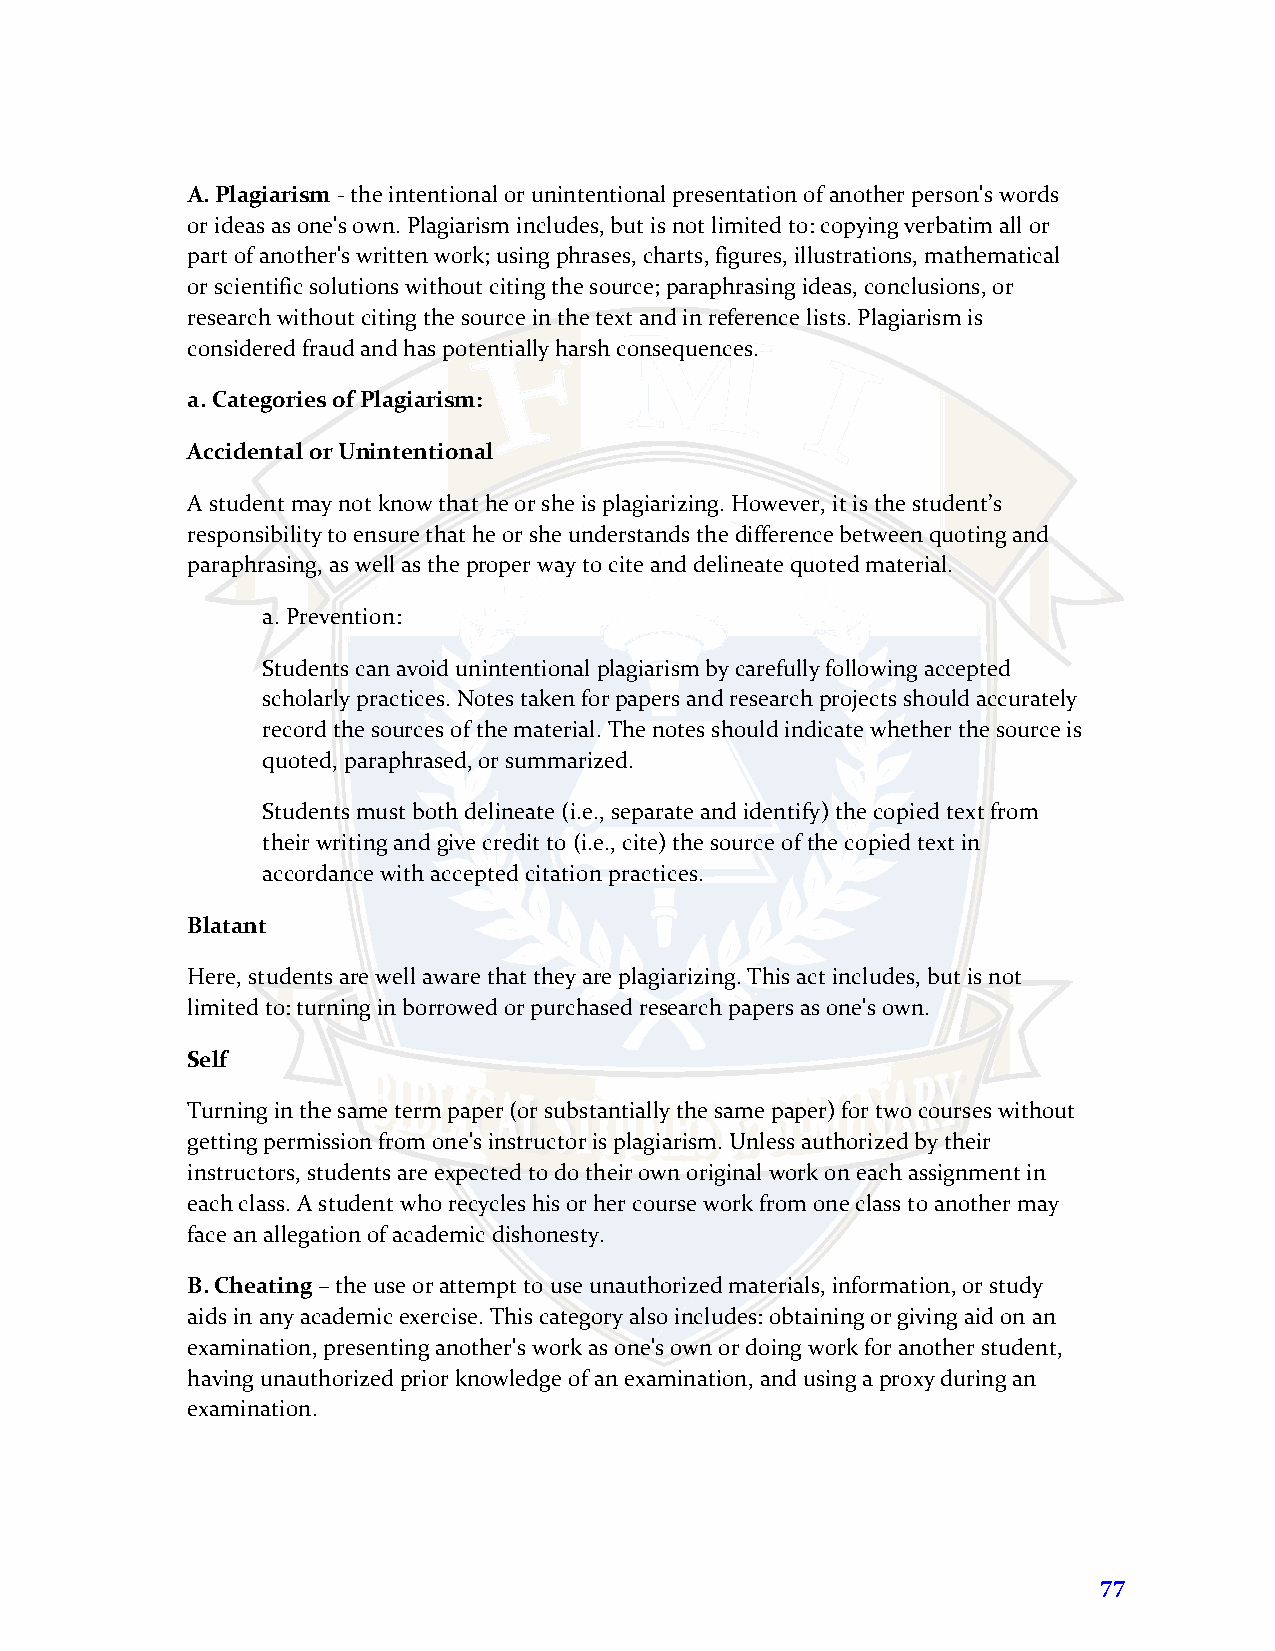
A.Plagiarism - the intentional or unintentional presentation of another person's words
 or ideas as one's own. Plagiarism includes, but is not limited to: copying verbatim all or
 part of another's written work; using phrases, charts, figures, illustrations, mathematical
 or scientific solutions without citing the source; paraphrasing ideas, conclusions, or
 research without citing the source in the text and in reference lists. Plagiarism is
 considered fraud and has potentially harsh consequences.
 a.Categories of Plagiarism:
 Accidental or Unintentional
 A student may not know that he or she is plagiarizing. However, it is the student’s
 responsibility to ensure that he or she understands the difference between quoting and
 paraphrasing, as well as the proper way to cite and delineate quoted material.
 a.Prevention:
 Students can avoid unintentional plagiarism by carefully following accepted
 scholarly practices. Notes taken for papers and research projects should accurately
 record the sources of the material. The notes should indicate whether the source is
 quoted, paraphrased, or summarized.
 Students must both delineate (i.e., separate and identify) the copied text from
 their writing and give credit to (i.e., cite) the source of the copied text in
 accordance with accepted citation practices.
 Blatant
 Here, students are well aware that they are plagiarizing. This act includes, but is not
 limited to: turning in borrowed or purchased research papers as one's own.
 Self
 Turning in the same term paper (or substantially the same paper) for two courses without
 getting permission from one's instructor is plagiarism. Unless authorized by their
 instructors, students are expected to do their own original work on each assignment in
 each class. A student who recycles his or her course work from one class to another may
 face an allegation of academic dishonesty.
 B.Cheating – the use or attempt to use unauthorized materials, information, or study
 aids in any academic exercise. This category also includes: obtaining or giving aid on an
 examination, presenting another's work as one's own or doing work for another student,
 having unauthorized prior knowledge of an examination, and using a proxy during an
 examination.
 77